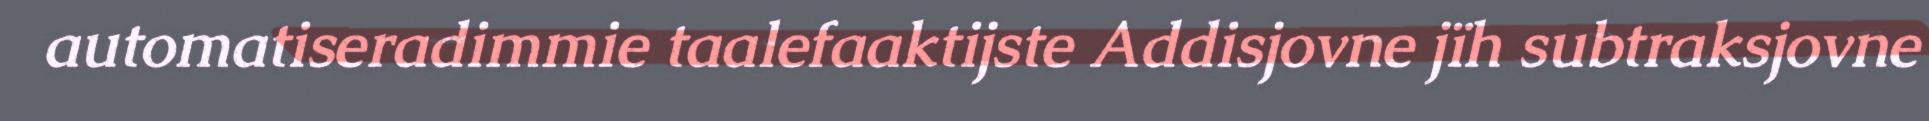
automatiseradimmie taalefaaktijste Addisjovne jïh subtraksjovne